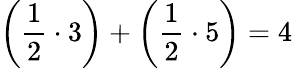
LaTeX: \left({\frac{1}{2}}\cdot 3\right)+\left({\frac{1}{2}}\cdot 5\right)=4